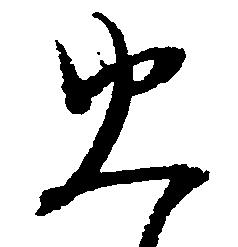
火